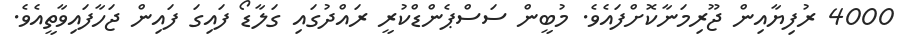
4000 ރުފިޔާއިން ޖޫރިމަނާކޮށްފައެވެ. މުބީން ސަސްޕެންޑްކުރީ ރައްދުގައި ގަލާޑޯ ފައިގަ ފައިން ޖަހާފައިވާތީއެވެ.